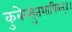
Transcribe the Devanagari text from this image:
कुबेरसुतशापिवत्‌॥।